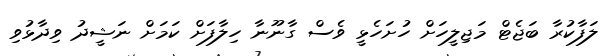
ލަފާކުރާ ބަޖެޓް މަޖިލީހަށް ހުށަހެޅީ ވެސް ގާނޫނާ ހިލާފަށް ކަމަށް ނަޝީދު ވިދާޅުވި